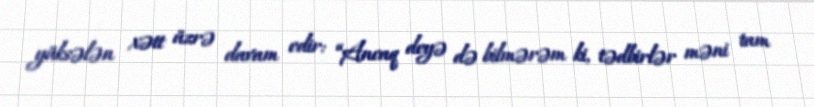
yüksələn xətt üzrə davam edir: “Ancaq deyə də bilmərəm ki, tədbirlər məni tam